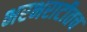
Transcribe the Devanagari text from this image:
भरभराटीतच